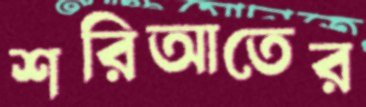
শরিআতের